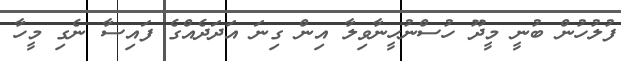
ފުލުހުން ބުނީ މީދޫ ހުސްނުހީނާވިލާ އިން ގިނަ އަދަދެއްގެ ފައިސާ ނެގި މީހާ